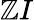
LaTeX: \mathbb{Z}I